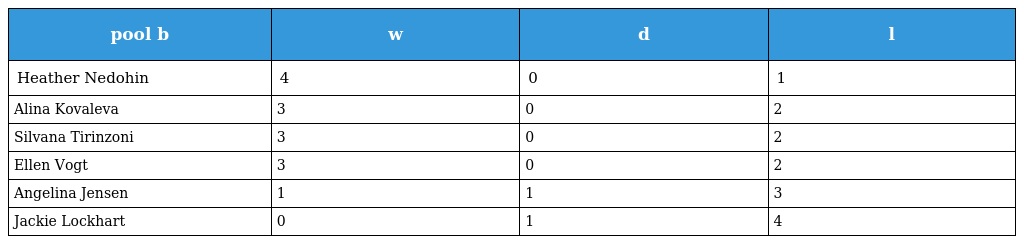
| pool b | w | d | l |
 | --- | --- | --- | --- |
 | Heather Nedohin | 4 | 0 | 1 |
 | Alina Kovaleva | 3 | 0 | 2 |
 | Silvana Tirinzoni | 3 | 0 | 2 |
 | Ellen Vogt | 3 | 0 | 2 |
 | Angelina Jensen | 1 | 1 | 3 |
 | Jackie Lockhart | 0 | 1 | 4 |